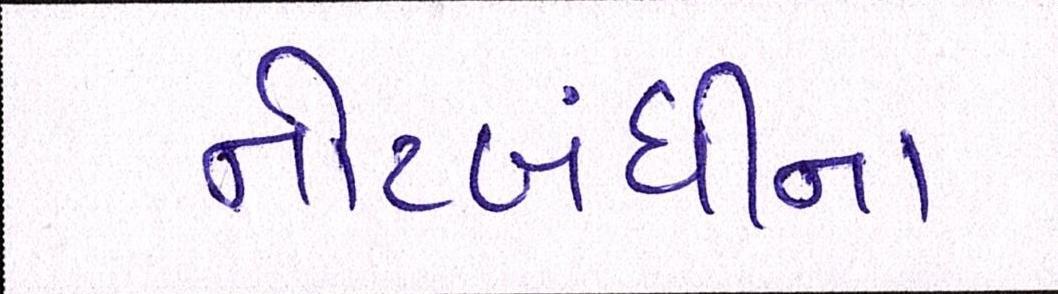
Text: નોટબંધીના